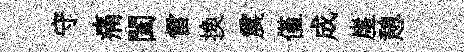
守痛闔雷换震僅成崖憩